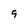
Character: 9